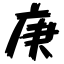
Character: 庚